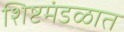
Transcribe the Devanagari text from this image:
शिष्टमंडळात